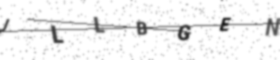
Text: JLLBGEN